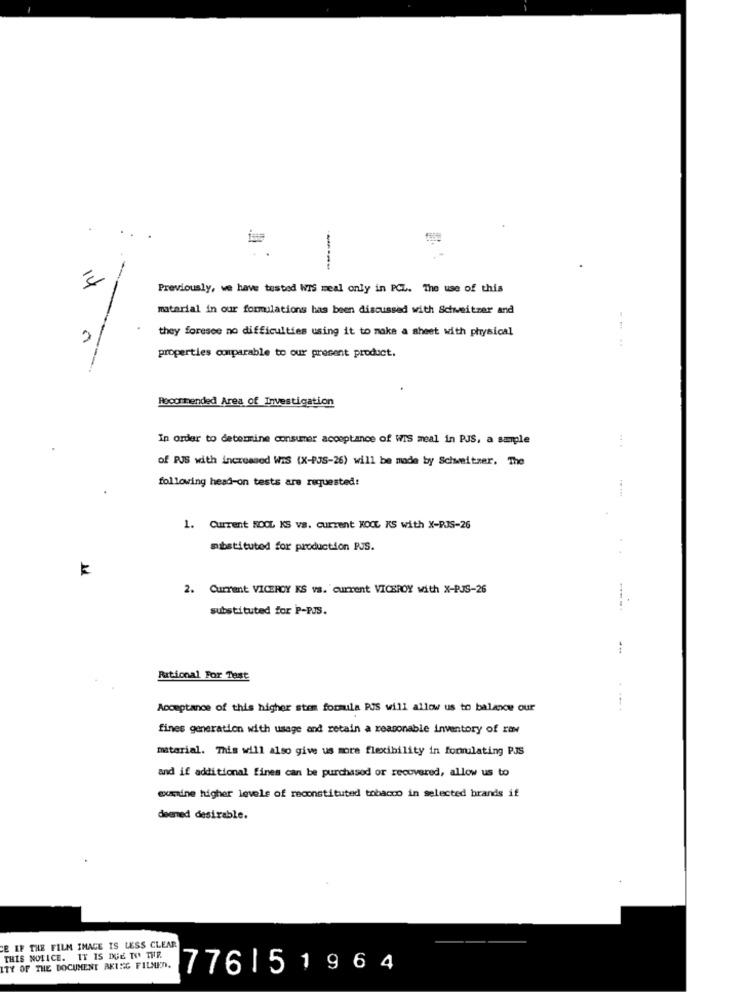
199
----
14
Previously, we have tested WIS meal only in PCL. The use of this
material in our formulations has been discussed with Schweitzer and
they foresee no difficulties using it to make a sheet with physical
properties comparable to our present product.
Recommended Area of Investigation
In order to determine consumer acceptance of WIS meal in PJS, a sample
of PUS with increased WIS (X-PJS-26) will be made by Schweitzer, The
following head-on tests are requested:
1. Current ROOL KS vs. current KOOL KS with X-PJS-26
mbstituted for production PJS.
11
2. Current VICEROY KS vs. current VICEROY with X-PJS-26
substituted for P-PJS.
Rational For Test
Acceptance of this higher stem formila PIS will allow us to balaxu our
fines generation with usage and retain a reasonable inventory of raw
material. This will also give us more flexibility in formulating PJS
and if additional fines can be purchased or recovered, allow us to
examine higher levels of reconstituted tobacco in selected brands if
deemed desirable.
CE IF THE FILM IMAGE IS LESS CLEAR
THIS NOTICE. IT IS DUE TO THE
ITY OF THE DOCUMENT AKING FILMEN.
7761 51964